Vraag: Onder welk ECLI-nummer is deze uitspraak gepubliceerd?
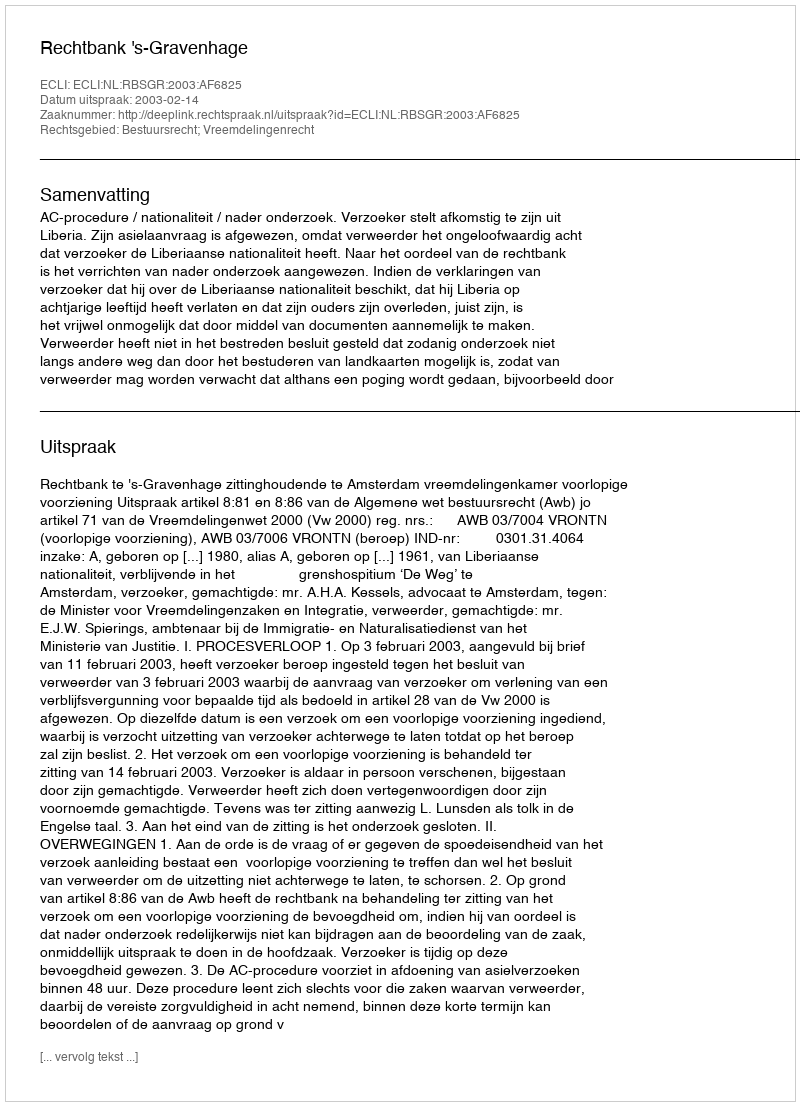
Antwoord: ECLI:NL:RBSGR:2003:AF6825